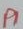
Text: P1